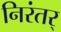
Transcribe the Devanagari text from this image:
निरंतर्